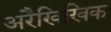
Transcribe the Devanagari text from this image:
अरैखिखिक